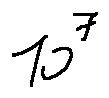
1 0 ^ { 7 }